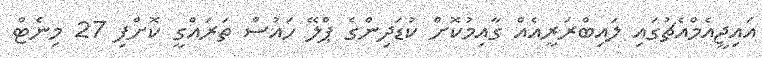
އައިޖީއެމްއެޗުގައި ލައިބްރަރީއެއް ގާއިމުކޮށް ކުޑަދިންގެ ޕްލޭ ހައުސް ތަރައްގީ ކޮށްފި 27 މިނެޓް